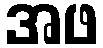
အဖ